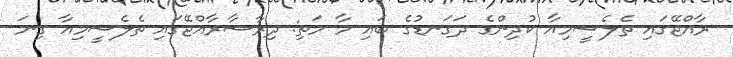
ރާއްޖޭގައި ތެލެސީމިއާ ކުދިންގެ ދަގަނޑުގެ ބައި މާ މަތި: ދިރާސާރާއްޖޭގައި ތެލެސީމިއާ ގިނަ